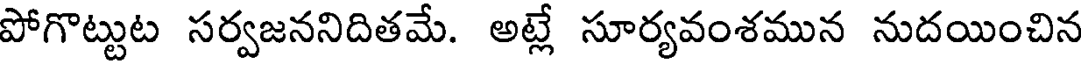
పోగొట్టుట సర్వజననిదితమే. అట్లే సూర్యవంశమున నుదయించిన